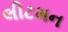
લીટમન